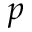
p